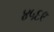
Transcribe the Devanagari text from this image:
४५६९